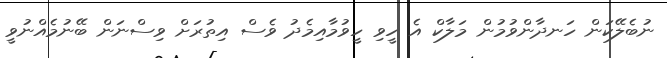
ނުބެލޭކަން ހަނދާންވުމުން މަލާކް އެ ހީވި ހީވުމާއިމެދު ވެސް އިތުރަށް ވިސްނަން ބޭނުމެއްނުވީ